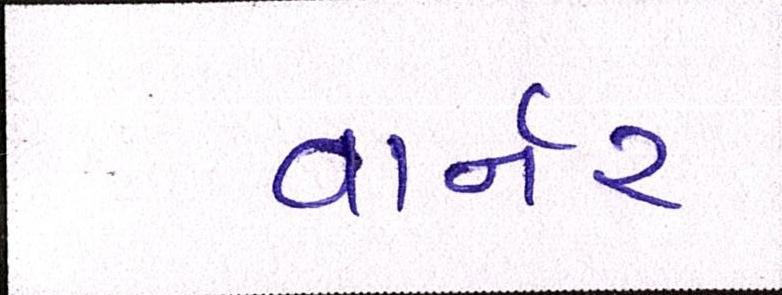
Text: વાર્નર